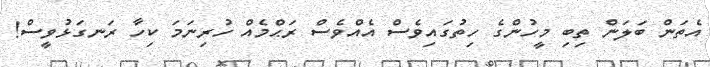
އެތަން ބަލަން ތިބި މީހުންގެ ހިތުގައިވެސް އެއްވެސް ރަޙްމެއް ހުރިނަމަ ކިހާ ރަނގަޅުވީސް!